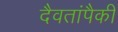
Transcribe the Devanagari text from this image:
दैवतांपैकी